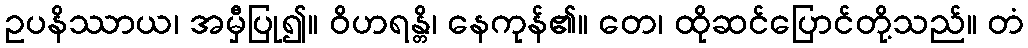
ဥပနိဿာယ၊ အမှီပြု၍။ ဝိဟရန္တိ၊ နေကုန်၏။ တေ၊ ထိုဆင်ပြောင်တို့သည်။ တံ